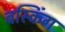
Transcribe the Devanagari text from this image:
बस्किंग